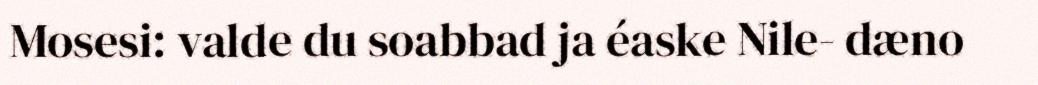
Mosesi: valde du soabbad ja éaske Nile- dæno